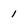
Character: 1